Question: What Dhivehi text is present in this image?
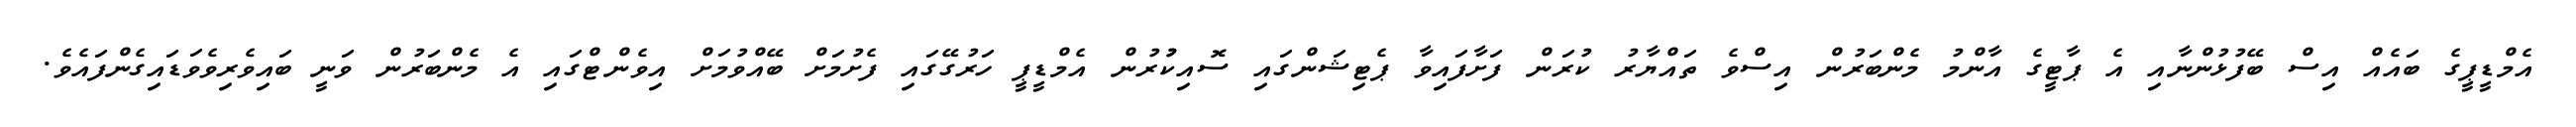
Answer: އެމްޑީޕީގެ ބައެއް އިސް ބޭފުޅުންނާއި އެ ޕާޓީގެ އާންމު މެންބަރުން އިސްވެ ތައްޔާރު ކުރަން ފަށާފައިވާ ޕެޓިޝަންގައި ސޮއިކުުރުން އެމްޑީޕީ ހަރުގޭގައި ފެށުމަށް ބޭއްވުމަށް އިވެންޓްގައި އެ މެންބަރުން ވަނީ ބައިވެރިވެވަޑައިގެންފައެވެ.